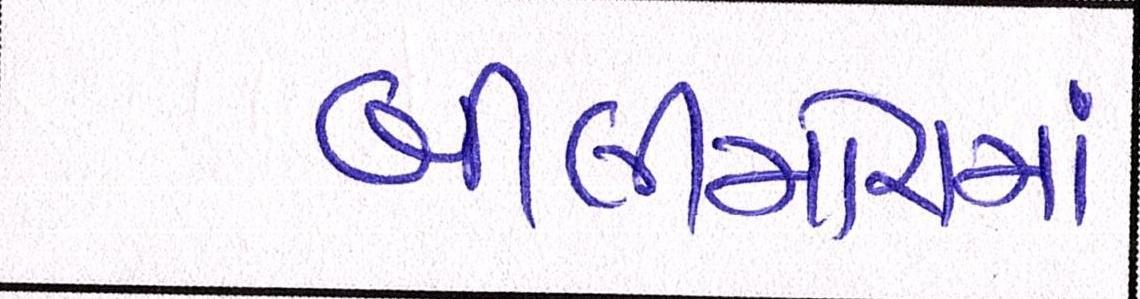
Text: બીલીમોરામાં